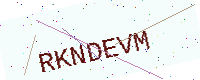
Text: RKNDEVM